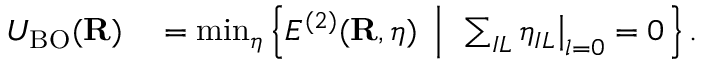
\begin{array} { r l } { U _ { \mathrm { B O } } ( { \bf R } ) } & { { } = \operatorname* { m i n } _ { { \boldsymbol \eta } } \left\{ E ^ { ( 2 ) } ( { \bf R } , { \boldsymbol \eta } ) ~ \left\vert ~ \ \sum _ { I L } \eta _ { I L } \big \vert _ { l = 0 } = 0 \right. \right\} . } \end{array}